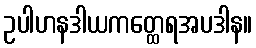
ဥပါဟနဒါယကတ္ထေရအပဒါန။